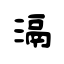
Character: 滆